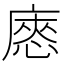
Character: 㥷